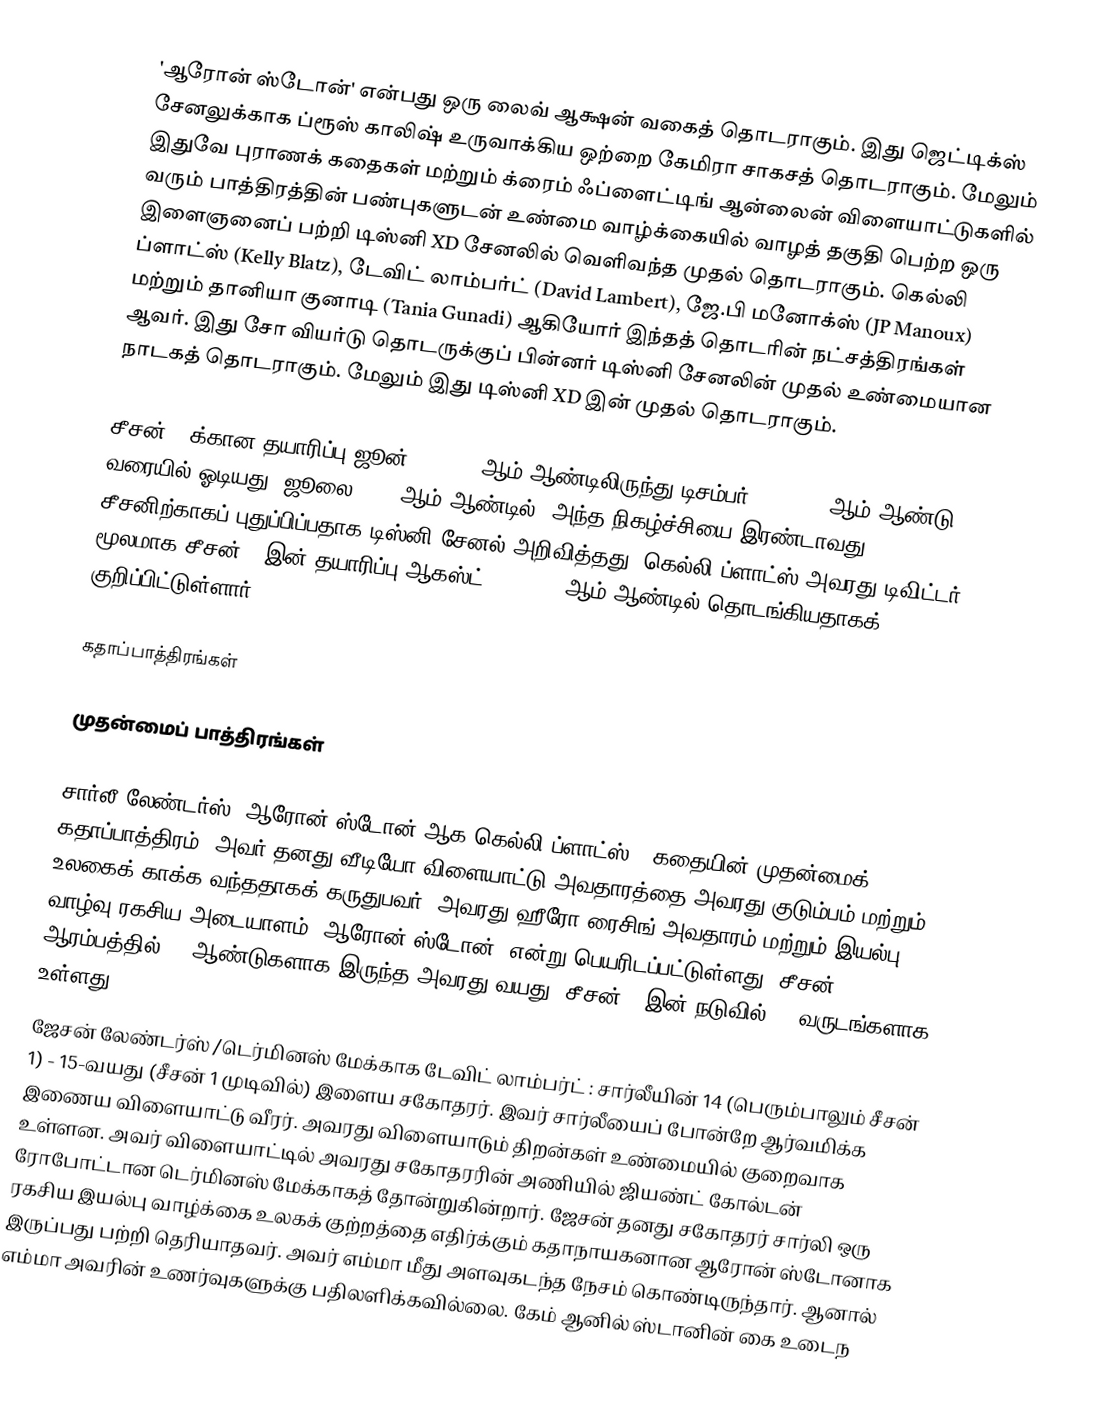
'ஆரோன் ஸ்டோன்' என்பது ஒரு லைவ் ஆக்ஷன் வகைத் தொடராகும். இது ஜெட்டிக்ஸ் சேனலுக்காக ப்ரூஸ் காலிஷ் உருவாக்கிய ஒற்றை கேமிரா சாகசத் தொடராகும். மேலும் இதுவே புராணக் கதைகள் மற்றும் க்ரைம் ஃப்ளைட்டிங் ஆன்லைன் விளையாட்டுகளில் வரும் பாத்திரத்தின் பண்புகளுடன் உண்மை வாழ்க்கையில் வாழத் தகுதி பெற்ற ஒரு இளைஞனைப் பற்றி டிஸ்னி XD சேனலில் வெளிவந்த முதல் தொடராகும். கெல்லி ப்ளாட்ஸ் (Kelly Blatz), டேவிட் லாம்பர்ட் (David Lambert), ஜே.பி மனோக்ஸ் (JP Manoux) மற்றும் தானியா குனாடி (Tania Gunadi) ஆகியோர் இந்தத் தொடரின் நட்சத்திரங்கள் ஆவர். இது சோ வியர்டு தொடருக்குப் பின்னர் டிஸ்னி சேனலின் முதல் உண்மையான நாடகத் தொடராகும். மேலும் இது டிஸ்னி XD இன் முதல் தொடராகும்.

சீசன் 1 க்கான தயாரிப்பு ஜூன் 2, 2008 ஆம் ஆண்டிலிருந்து டிசம்பர் 19, 2008 ஆம் ஆண்டு வரையில் ஓடியது. ஜூலை 2009 ஆம் ஆண்டில், அந்த நிகழ்ச்சியை இரண்டாவது சீசனிற்காகப் புதுப்பிப்பதாக டிஸ்னி சேனல் அறிவித்தது. கெல்லி ப்ளாட்ஸ் அவரது டிவிட்டர் மூலமாக சீசன் 2 இன் தயாரிப்பு ஆகஸ்ட் 24, 2009 ஆம் ஆண்டில் தொடங்கியதாகக் குறிப்பிட்டுள்ளார்.

கதாப்பாத்திரங்கள்

முதன்மைப் பாத்திரங்கள்

 சார்லீ லேண்டர்ஸ் /ஆரோன் ஸ்டோன் ஆக கெல்லி ப்ளாட்ஸ் : கதையின் முதன்மைக் கதாப்பாத்திரம். அவர் தனது வீடியோ விளையாட்டு அவதாரத்தை அவரது குடும்பம் மற்றும் உலகைக் காக்க வந்ததாகக் கருதுபவர். அவரது ஹீரோ ரைசிங் அவதாரம் மற்றும் இயல்பு வாழ்வு ரகசிய அடையாளம் "ஆரோன் ஸ்டோன்" என்று பெயரிடப்பட்டுள்ளது. சீசன் 1 ஆரம்பத்தில் 16 ஆண்டுகளாக இருந்த அவரது வயது, சீசன் 1 இன் நடுவில் 17 வருடங்களாக உள்ளது.
 ஜேசன் லேண்டர்ஸ் /டெர்மினஸ் மேக்காக டேவிட் லாம்பர்ட் : சார்லீயின் 14 (பெரும்பாலும் சீசன் 1) - 15-வயது (சீசன் 1 முடிவில்) இளைய சகோதரர். இவர் சார்லீயைப் போன்றே ஆர்வமிக்க இணைய விளையாட்டு வீரர். அவரது விளையாடும் திறன்கள் உண்மையில் குறைவாக உள்ளன. அவர் விளையாட்டில் அவரது சகோதரரின் அணியில் ஜியண்ட் கோல்டன் ரோபோட்டான டெர்மினஸ் மேக்காகத் தோன்றுகின்றார். ஜேசன் தனது சகோதரர் சார்லி ஒரு ரகசிய இயல்பு வாழ்க்கை உலகக் குற்றத்தை எதிர்க்கும் கதாநாயகனான ஆரோன் ஸ்டோனாக இருப்பது பற்றி தெரியாதவர். அவர் எம்மா மீது அளவுகடந்த நேசம் கொண்டிருந்தார். ஆனால் எம்மா அவரின் உணர்வுகளுக்கு பதிலளிக்கவில்லை. கேம் ஆனில் ஸ்டானின் கை உடைந